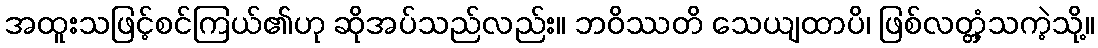
အထူးသဖြင့်စင်ကြယ်၏ဟု ဆိုအပ်သည်လည်း။ ဘဝိဿတိ သေယျထာပိ၊ ဖြစ်လတ္တံ့သကဲ့သို့။